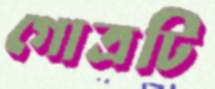
গোত্রটি